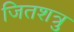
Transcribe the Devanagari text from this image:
जितशत्रु